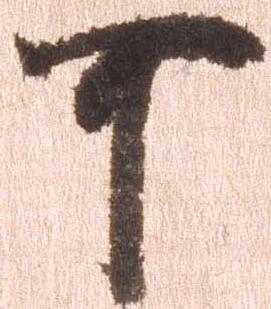
可